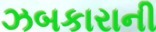
ઝબકારાની